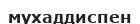
мухаддиспен